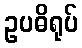
ဥပဓိရုပ်